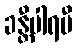
ခန္တီပါရမီ